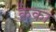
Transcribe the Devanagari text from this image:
कैका